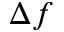
\Delta f